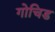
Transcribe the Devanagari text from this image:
गोचिड